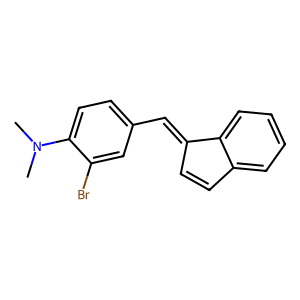
SMILES: CN(C)c1ccc(C=C2C=Cc3ccccc32)cc1Br
Inhibits HIV replication: No